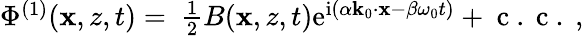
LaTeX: \begin{array}{r}{\Phi^{(1)}(\mathbf{x},z,t)=~\frac{1}{2}B(\mathbf{x},z,t)\mathrm{e}^{\mathrm{i}(\alpha\mathbf{k}_{0}\cdot\mathbf{x}-\beta\omega_{0}t)}+\mathrm{~c~.~c~.~},}\end{array}